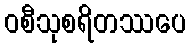
ဝစီသုစရိတဿပေ